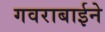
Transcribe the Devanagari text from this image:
गवराबाईने